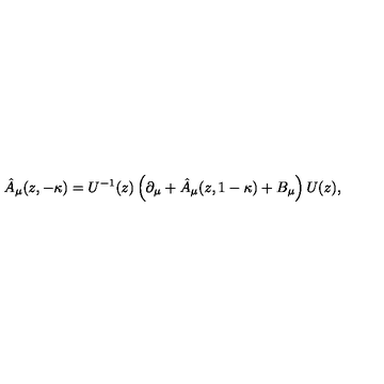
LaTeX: \hat { A } _ { \mu } ( z , - \kappa ) = U ^ { - 1 } ( z ) \left( \partial _ { \mu } + \hat { A } _ { \mu } ( z , 1 - \kappa ) + B _ { \mu } \right) U ( z ) ,